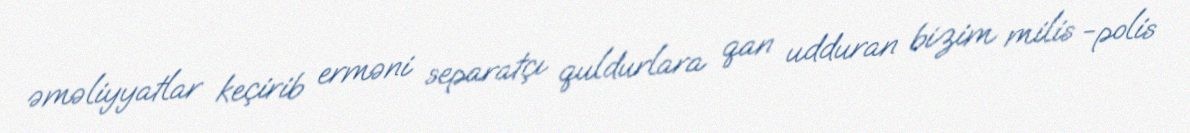
əməliyyatlar keçirib erməni separatçı quldurlara qan udduran bizim milis -polis